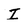
Character: I